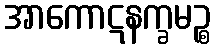
အာကောဋနက္ခမဉ္စ